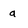
Character: a